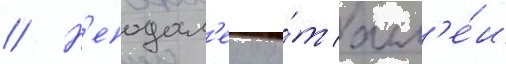
// Н'еподал'еку о́т алл'е́и